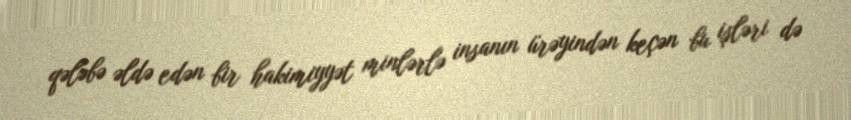
qələbə əldə edən bir hakimiyyət minlərlə insanın ürəyindən keçən bu işləri də